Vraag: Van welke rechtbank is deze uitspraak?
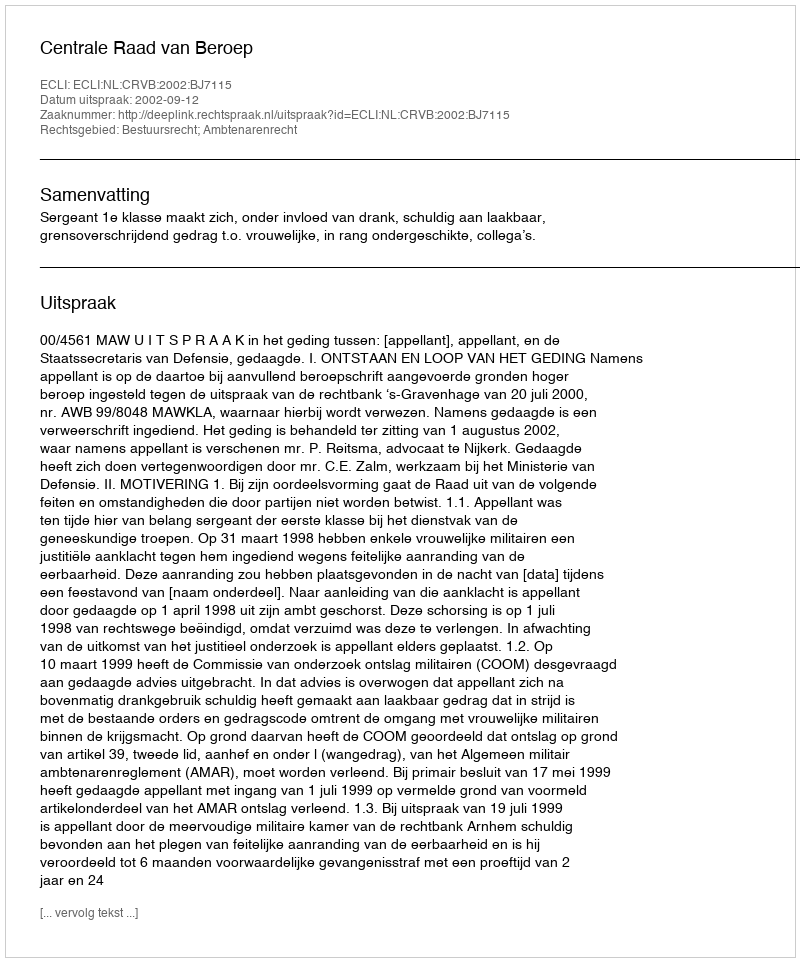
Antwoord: Centrale Raad van Beroep